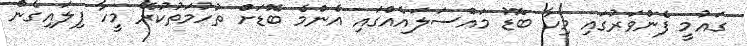
ގައުމީ ފެންވަރުގައި މިހާ ބޮޑު މައްސަލައެއްގައި އެންމެ ބޮޑަށް ތުހުމަތުކުރޭ މީހާ ފިލައިގެން